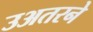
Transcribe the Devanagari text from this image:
उअतरने